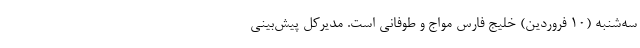
سه‌شنبه (۱۰ فروردین) خلیج فارس مواج و طوفانی است. مدیرکل پیش‌بینی